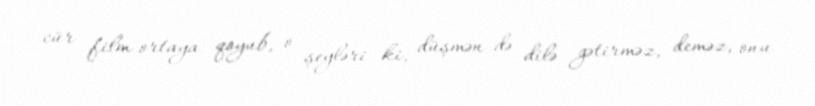
cür film ortaya qoyub, o şeyləri ki, düşmən də dilə gətirməz, deməz, onu